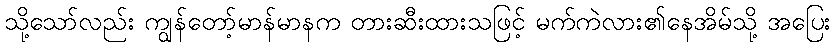
သို့သော်လည်း ကျွန်တော့်မာန်မာနက တားဆီးထားသဖြင့် မက်ကဲလား၏နေအိမ်သို့ အပြေး